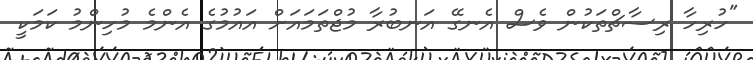
"ހުރިހާ ރިސާޗްތަކުން ވެސް އެނގޭ އަނބުރާ މުޖްތަމައަށް އައުމުގެ އެންމެ މުހިންމު ކަމަކީ